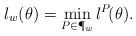
\begin{align*} \l_w(\theta) & = \min_{P \in \P_w} \l^P\!(\theta).\end{align*}